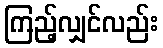
ကြည့်လျှင်လည်း